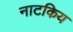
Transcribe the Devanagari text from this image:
नाटकिय